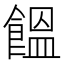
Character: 饂